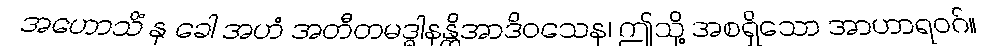
အဟောသိံ နု ခေါ အဟံ အတီတမဒ္ဓါနန္တိအာဒိဝသေန၊ ဤသို့ အစရှိသော အာဟာရဝဂ်။